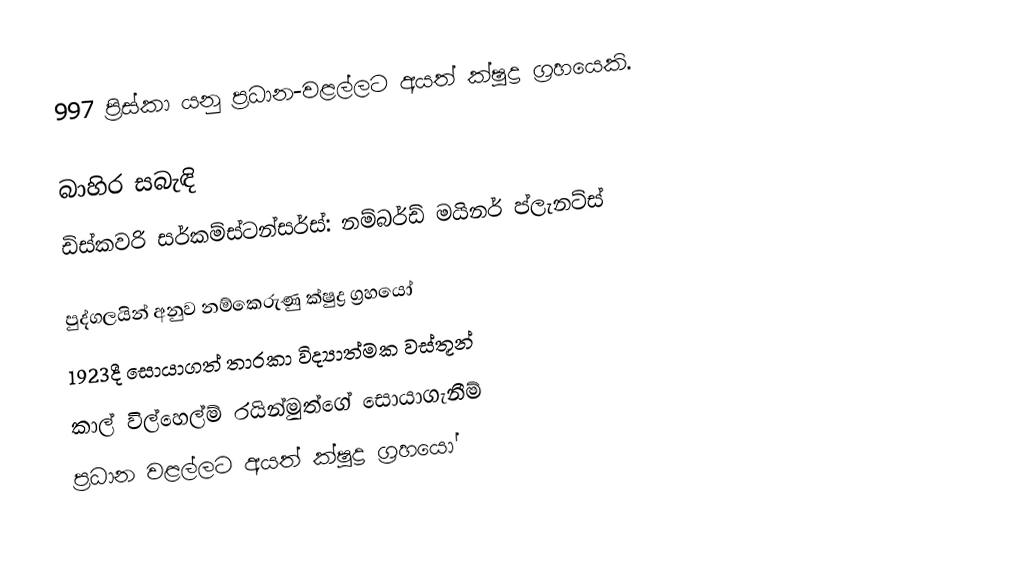
997 ප්‍රිස්කා යනු ප්‍රධාන-වළල්ලට අයත් ක්ෂුද්‍ර ග්‍රහයෙකි.

බාහිර සබැඳි
 ඩිස්කවරි  සර්කම්ස්ටන්සර්ස්: නම්බර්ඩ් මයිනර් ප්ලැනට්ස්

පුද්ගලයින් අනුව නම්කෙරුණු ක්ෂුද්‍ර ග්‍රහයෝ
1923දී සොයාගත් තාරකා විද්‍යාත්මක වස්තූන්
කාල් විල්හෙල්ම් රයින්මුත්ගේ සොයාගැනීම්
ප්‍රධාන වළල්ලට අයත් ක්ෂුද්‍ර ග්‍රහයෝ